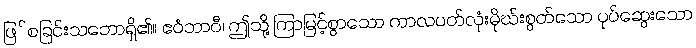
ဖြ်စခြင်းသဘောရှိ၏။ ဧဝံဘာဝီ၊ ဤသို့ ကြာမြင့်စွာသော ကာလပတ်လုံးမိုဃ်းစွတ်သော ပုပ်ဆွေးသော